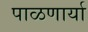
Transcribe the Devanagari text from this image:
पाळणार्या